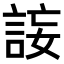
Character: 𧧄